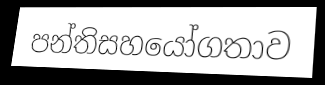
පන්තිසහයෝගතාව